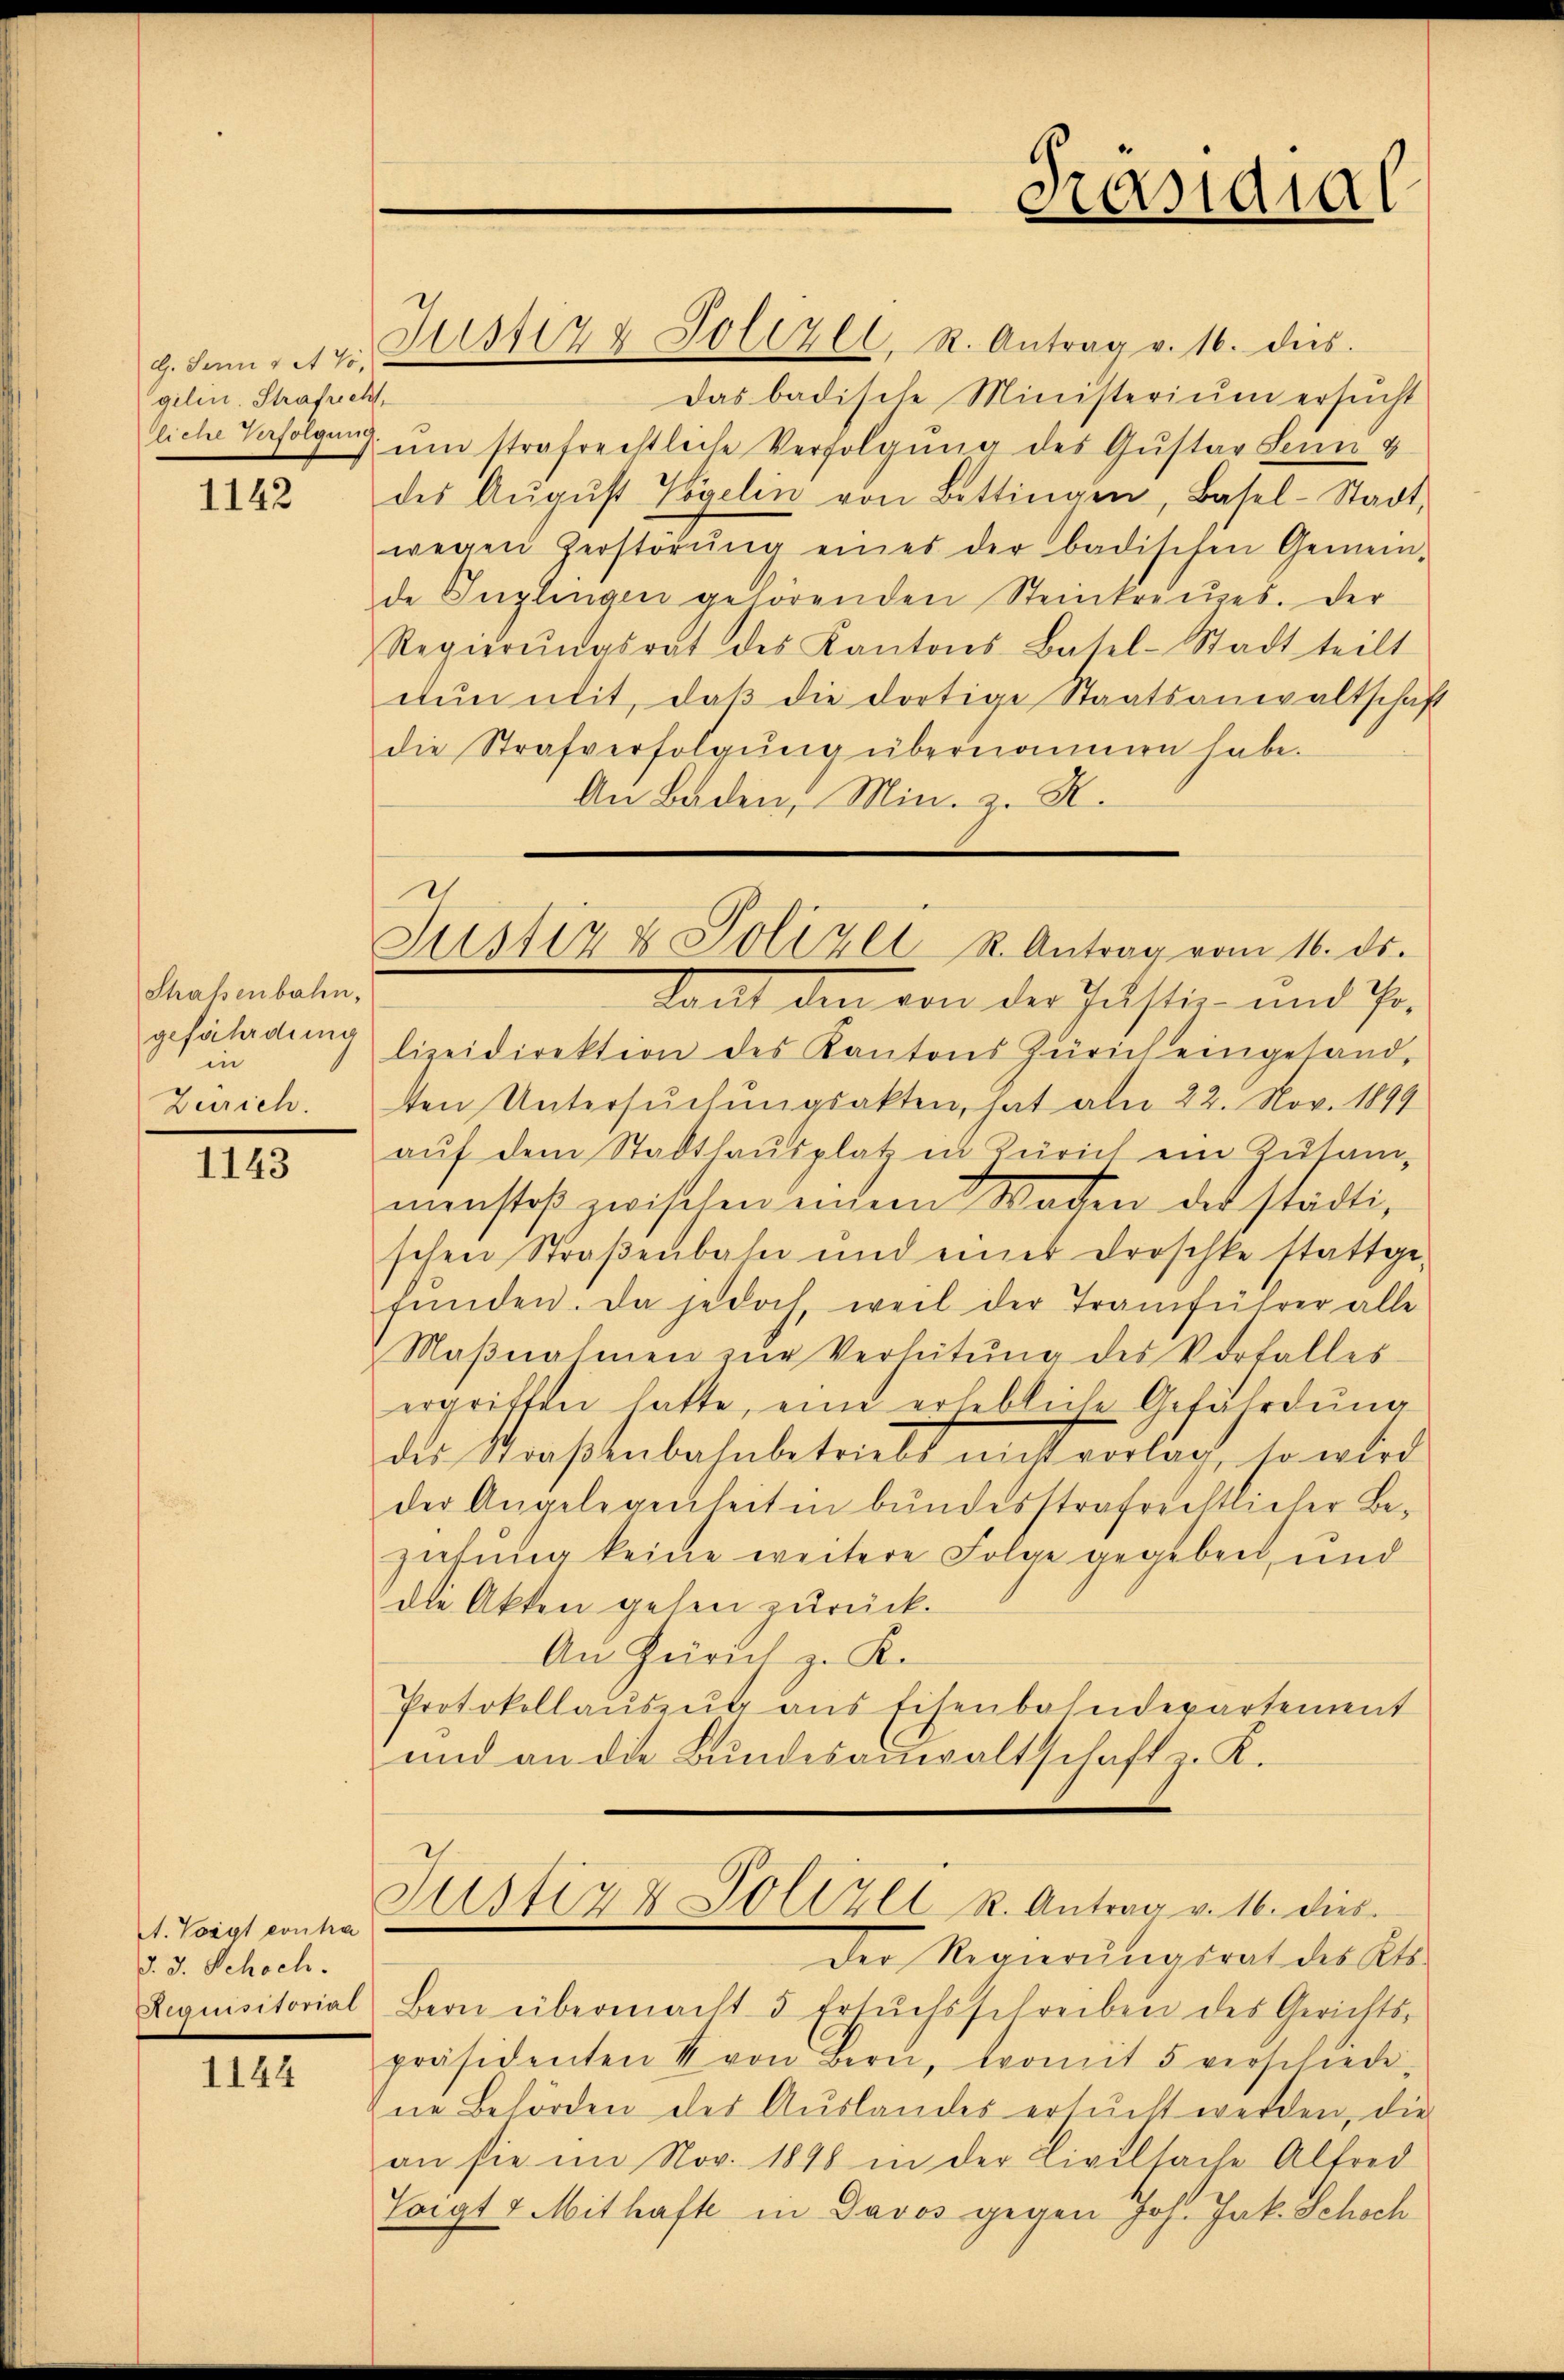
g. Juni v A Vo,
gilin. Strafrecht,

1142

Shafenbahn,
gefährdung
in
Zürich.

1143

A. Voigt contra
d. 3. Schoch.
Requisitonas

1144

Justiz & Polizei, R. Antrag v. 16. dies
Das badische Ministerium ersucht
tliche Verfolgung, um strafrechtliche Verfolgung des Gustav Senn v
des Aŭgŭst Vogelin von Bittingen, Basel-Stadt-
wegen Zerstörŭng eines der badischen Gemein-
de Inglingen gehörenden Steinkreuzes. Der
Regierŭngsrat des Kantons Basel-Stadt teilt
dŭn mit, daß die dortige Staatsanwaltschaft
die Strafverfolgŭng übernommen habe.
An Baden, Min. z. R.
tacht den von der Justiz- und Pro.
lizeidirektion des Kantons Zürich eingesand-
tten Untersuchungsakten, hat als 22. Nov. 1899
aŭf dem Stadthaŭsplatz in Zürich ein Zŭsam-
menstoß zwischen einem Waden der städtischen Straβenbahn und einer Droschke stattge-
fŭnden. Da jedoch, weil der Tramführer alle
Maβnahmen zŭr Verlütŭng des Vorfalles
ergriffen hatte, eine erhebliche Gefährdung
dis Straβenbahnbetriebs nicht vorlag, so wird
der Angelegenheit in bundesstrafrichtlicher Beziehung keine weitere Folge gegeben, und
die Akten gehen zurück.
Au Zürich z. K.
Protokollaŭszŭg ans Eisenbahndepartement
und an die Bundesanwaltschaft z. K.

D
Justiz & Polizei u. Antrag vom 16. ds.

c
Justiz & Polizei R. Antrag v. 16. dies

Päsidial

Der Regierungsrat des Kts.
Bern übermacht 5 Ersuchsschreiben des Gerichtspräsidenten von Bern, tromit 5 verschiede-
ne Behörden des Auslandes ersucht werden, die
an sie im Nov. 1898 in der Civilsache Alfred
Voigt 7 Mithafte in Davos gegen Joh. Jak. Schoch